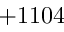
+ 1 1 0 4